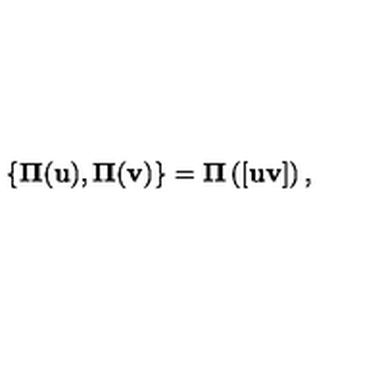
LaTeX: { } \{ { \bf \Pi } ( { \bf u } ) , { \bf \Pi } ( { \bf v } ) \} = { \bf \Pi } \left( [ { \bf u } { \bf v } ] \right) ,